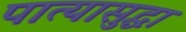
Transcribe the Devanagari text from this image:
पात्यासुद्धा